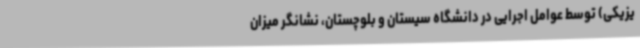
یزیکی) توسط عوامل اجرایی در دانشگاه سیستان و بلوچستان، نشانگر میزان